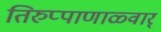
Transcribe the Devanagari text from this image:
तिरुप्पाणाळ्वार्